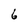
Character: 6